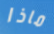
ماذا